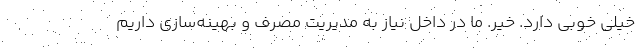
خیلی خوبی دارد. خیر. ما در داخل نیاز به مدیریت مصرف و بهینه‌سازی داریم